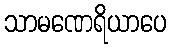
သာမဏေရိယာပေ